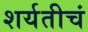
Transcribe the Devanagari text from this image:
शर्यतीचं